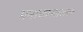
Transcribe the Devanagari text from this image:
मनाक्प्रस्खलन्तः